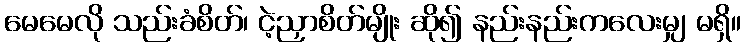
မေမေလို သည်းခံစိတ်၊ ငဲ့ညှာစိတ်မျိုး ဆို၍ နည်းနည်းကလေးမျှ မရှိ။